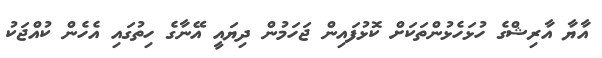
އާޔާ އާރިޝްގެ ހުޅަހެޅުންތަކަށް ކޮޅުފައިން ޖަހަމުން ދިޔައީ އޭނާގެ ހިތުގައި އެހެން ކުއްޖަކު